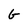
Character: G